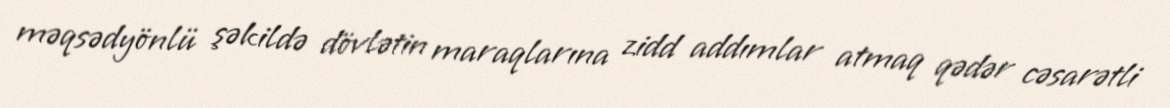
məqsədyönlü şəkildə dövlətin maraqlarına zidd addımlar atmaq qədər cəsarətli